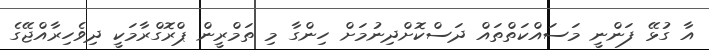
އާ ގުޅޭ ފަންނީ މަސައްކަތްތައް ދަސްކޮށްދިނުމަށް ހިންގާ މި ތަމްރީން ޕްރޮގްރާމަކީ ދިވެހިރާއްޖޭގެ